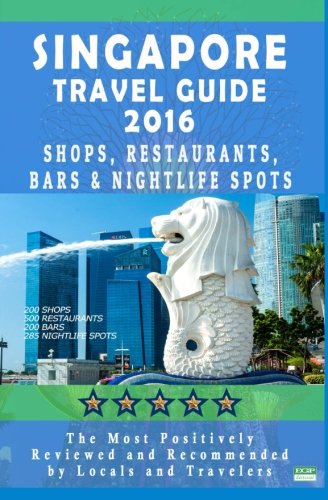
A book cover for Singapore Travel Guide 2016: Shops, Restaurants, Bars & Nightlife in Singapore (City Travel Guide 2016 / Dining & Shopping); Rose F Jones; Travel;